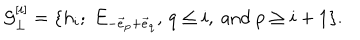
LaTeX: { \cal G } _ { \bot } ^ { [ i ] } = \{ h _ { i } ; \; E _ { - \vec { e } _ { p } + \vec { e } _ { q } } , \, q \leq i , \mathrm { ~ a n d ~ } p \geq i + 1 \} .